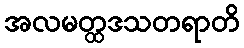
အလမတ္ထဒသတရာတိ